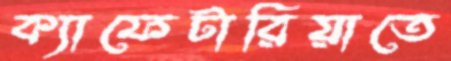
ক্যাফেটারিয়াতে